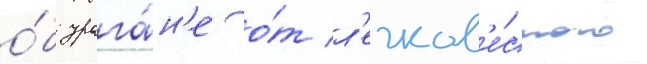
о́б урага́н'е о́т л'егков'е́сного